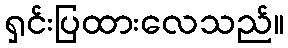
ရှင်းပြထားလေသည်။